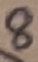
Text: 8